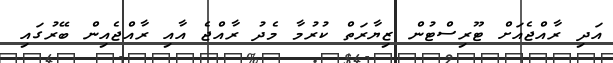
އަދި ރާއްޖެއަށް ޓޫރިސްޓުން ޒިޔާރަތް ކުރުމާ މެދު ރާއްޖެ އާއި ރާއްޖެއިން ބޭރުގައި